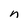
Character: n